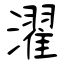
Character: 濯